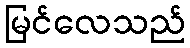
မြင်လေသည်